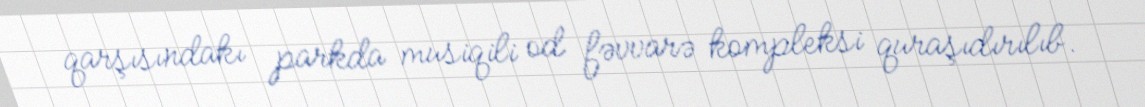
qarşısındakı parkda musiqili od fəvvarə kompleksi quraşıdırılıb.